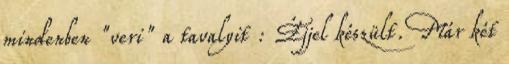
mindenben "veri" a tavalyit : Éjjel készült. Már két